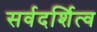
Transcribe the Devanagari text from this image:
सर्वदर्शित्व